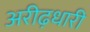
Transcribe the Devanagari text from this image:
अरीढ़धारी